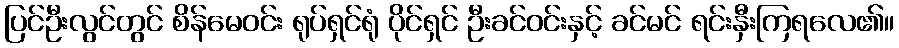
ပြင်ဦးလွင်တွင် စိန်မေဝင်း ရုပ်ရှင်ရုံ ပိုင်ရှင် ဦးခင်ဝင်းနှင့် ခင်မင် ရင်းနှီးကြရလေ၏။